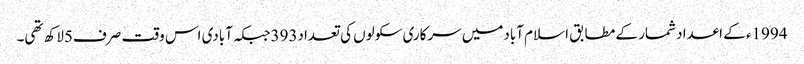
1994ء کے اعداد شمار کے مطابق اسلام آبادمیں سرکاری سکولوں کی تعداد393جبکہ آبادی اس وقت صرف5لاکھ تھی۔